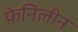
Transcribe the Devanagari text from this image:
फ़ेनिलीन